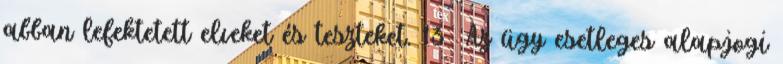
abban lefektetett elveket és teszteket. 13 Az ügy esetleges alapjogi